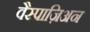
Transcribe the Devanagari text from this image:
वैस्पाज़िअन